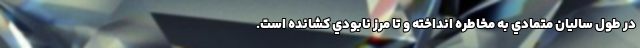
در طول ساليان متمادي به مخاطره انداخته و تا مرز نابودي كشانده است.